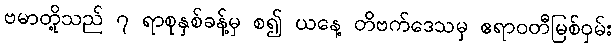
ဗမာတို့သည် ၇ ရာစုနှစ်ခန့်မှ စ၍ ယနေ့ တိဗက်ဒေသမှ ဧရာဝတီမြစ်ဝှမ်း